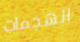
الهجمات